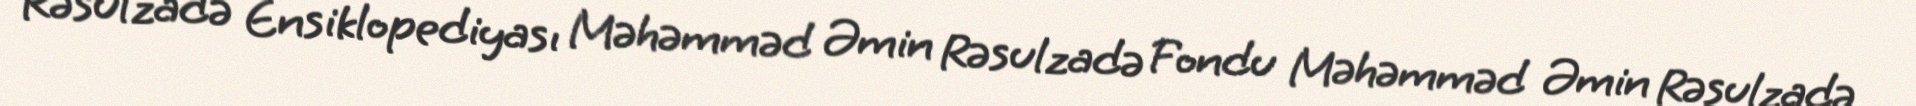
Rəsulzadə Ensiklopediyası Məhəmməd Əmin Rəsulzadə Fondu Məhəmməd Əmin Rəsulzadə